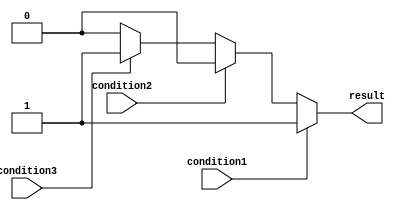
module if_else_ladder (
    input wire condition1,
    input wire condition2,
    input wire condition3,
    output reg result
);

always @ (*)
begin
    if (condition1) begin
        // Block of code corresponding to condition1
        result <= 1'b1;
    end
    else if (condition2) begin
        // Block of code corresponding to condition2
        result <= 1'b0;
    end
    else if (condition3) begin
        // Block of code corresponding to condition3
        result <= 1'b1;
    end
    else begin
        // Default block of code
        result <= 1'b0;
    end
end

endmodule